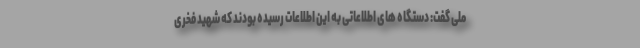
ملی گفت: دستگاه های اطلاعاتی به این اطلاعات رسیده بودند که شهید فخری